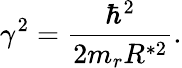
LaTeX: \gamma^{2}=\frac{\hbar^{2}}{2m_{r}R^{*2}}.